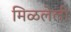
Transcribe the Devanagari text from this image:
मिळलेली